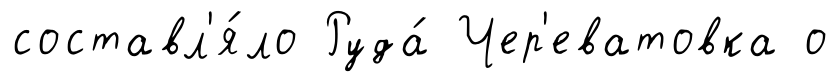
составл'я́ло Руда́ Чер'еватовка о